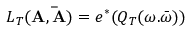
L _ { T } ( { \bf A } , { \bf \bar { A } } ) = e ^ { * } ( Q _ { T } ( \omega . \bar { \omega } ) )